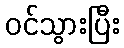
ဝင်သွားပြီး